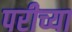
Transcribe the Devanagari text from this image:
परीच्या